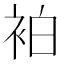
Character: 袙